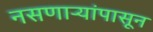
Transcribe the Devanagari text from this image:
नसणाऱ्यांपासून